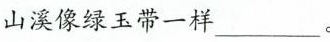
山溪像绿玉带一样___。